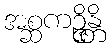
အစ္ဆကဉ္ဇိန္တိ